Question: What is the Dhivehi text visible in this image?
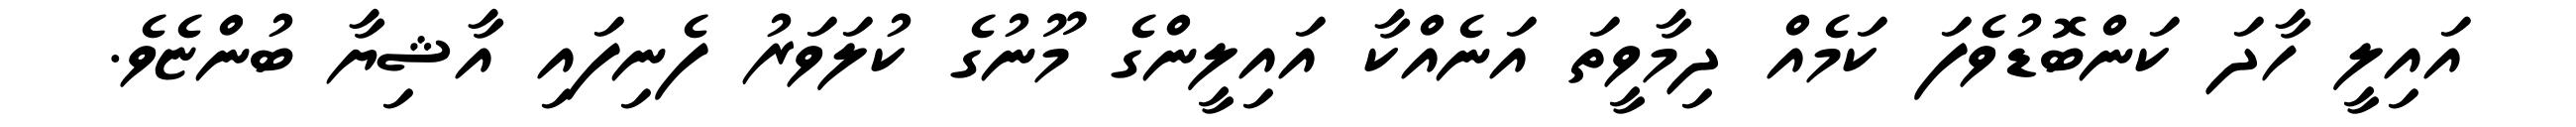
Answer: އައިލީ ހާދަ ކަންބޮޑުވެފަ ކަމެއް ދިމާވީތަ އަނެއްކާ އައިލީންގެ މޫނުގެ ކުލަވަރު ފެނިފައި އާޝިޔާ ބުންޏެވެ.